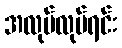
အလုပ်လုပ်ရင်း